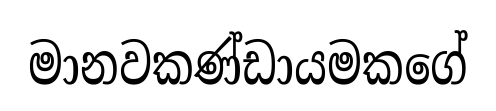
මානවකණ්ඩායමකගේ